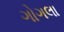
ગોગલા